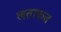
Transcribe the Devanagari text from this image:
लताफत